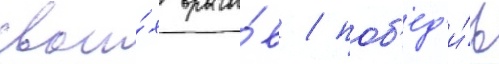
свои́х враго́в / поб'ед'и́в